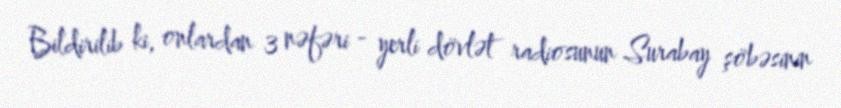
Bildirilib ki, onlardan 3 nəfəri - yerli dövlət radiosunun Surabay şöbəsinin